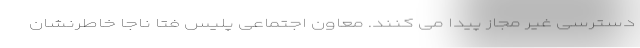
دسترسی غیر مجاز پیدا می کنند. معاون اجتماعی پلیس فتا ناجا خاطرنشان